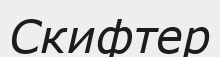
Скифтер